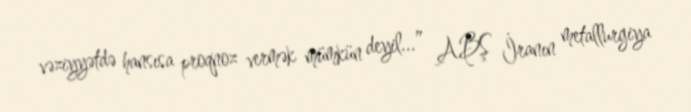
vəziyyətdə hansısa proqnoz vermək mümkün deyil...” ABŞ İranın metallurgiya